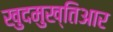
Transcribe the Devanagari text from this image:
खुदमुख्तिआर